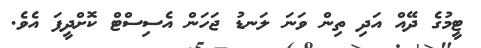
ޓީމުގެ ދޭއް އަދި ތިން ވަނަ ލަނޑު ޖަހަން އެސިސްޓް ކޮށްދީފަ އެވެ.